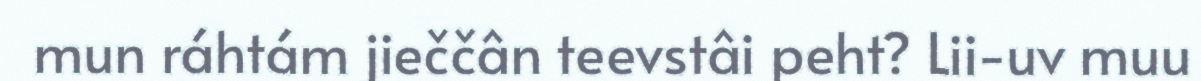
mun ráhtám jieččân teevstâi peht? Lii-uv muu